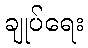
ချုပ်ရေး